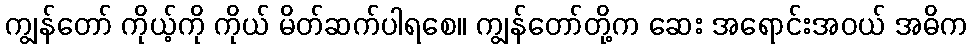
ကျွန်တော် ကိုယ့်ကို ကိုယ် မိတ်ဆက်ပါရစေ။ ကျွန်တော်တို့က ဆေး အရောင်းအဝယ် အဓိက